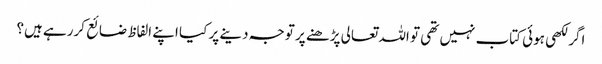
اگر لکھی ہوئی کتاب نہیں تھی تو اللہ تعالی پڑھنے پر توجہ دینے پر کیا اپنے الفاظ ضائع کررہے ہیں؟